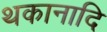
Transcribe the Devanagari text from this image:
थकानादि